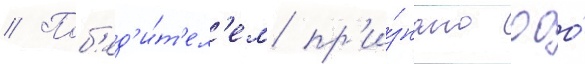
// Поб'ед'и́т'ел'ем пр'и́знано ооо́